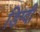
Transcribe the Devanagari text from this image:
डिग्वी